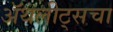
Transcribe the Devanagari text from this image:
ॲथलीट्सचा